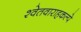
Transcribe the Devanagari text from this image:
श्वेतवाराहकल्पे